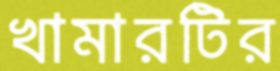
খামারটির